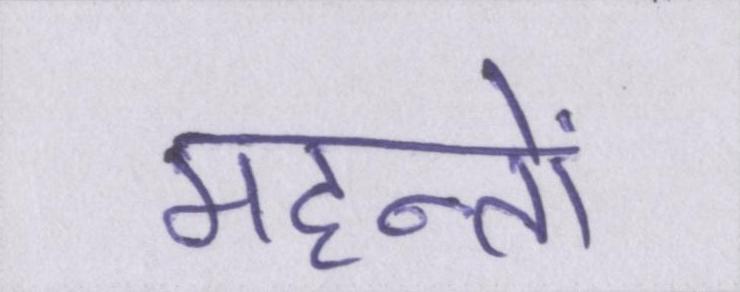
महन्तों